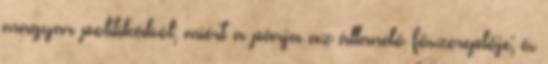
magyar politikából; miért a párja az állandó főszereplője; és